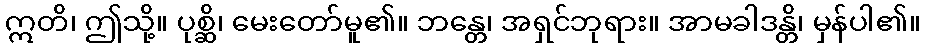
ဣတိ၊ ဤသို့။ ပုစ္ဆိ၊ မေးတော်မူ၏။ ဘန္တေ၊ အရှင်ဘုရား။ အာမခါဒန္တိ၊ မှန်ပါ၏။